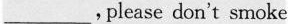
___，please don't smoke